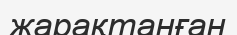
жарақтанған